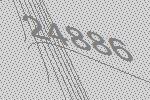
24886